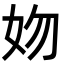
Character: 𡛁